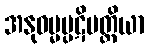
အနုဓမ္မပ္ပဋိပတ္တိယာ